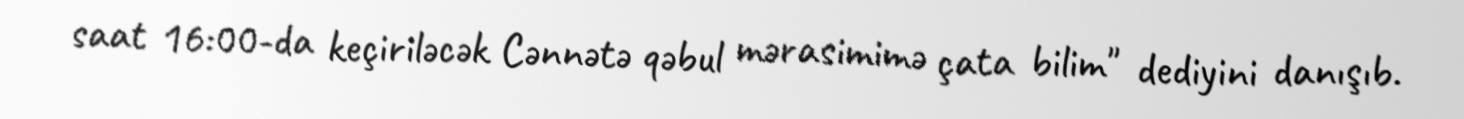
saat 16:00-da keçiriləcək Cənnətə qəbul mərasimimə çata bilim" dediyini danışıb.